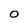
Character: O